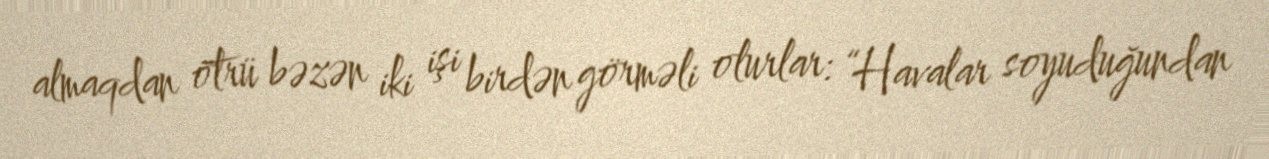
almaqdan ötrü bəzən iki işi birdən görməli olurlar: “Havalar soyuduğundan